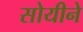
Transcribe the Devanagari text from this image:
सोयीने